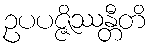
ဥပပဇ္ဇိဿန္တီတိ